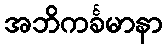
အဘိကင်္ခမာနာ